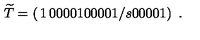
\widetilde { T } = \left( \begin{matrix} { 1 } & { 0 } & { 0 } & { 0 } \\ { 0 } & { 1 } & { 0 } & { 0 } \\ { 0 } & { 0 } & { 1 / s } & { 0 } \\ { 0 } & { 0 } & { 0 } & { 1 } \\ \end{matrix} \right) \ .